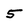
Character: 5